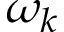
\omega _ { k }